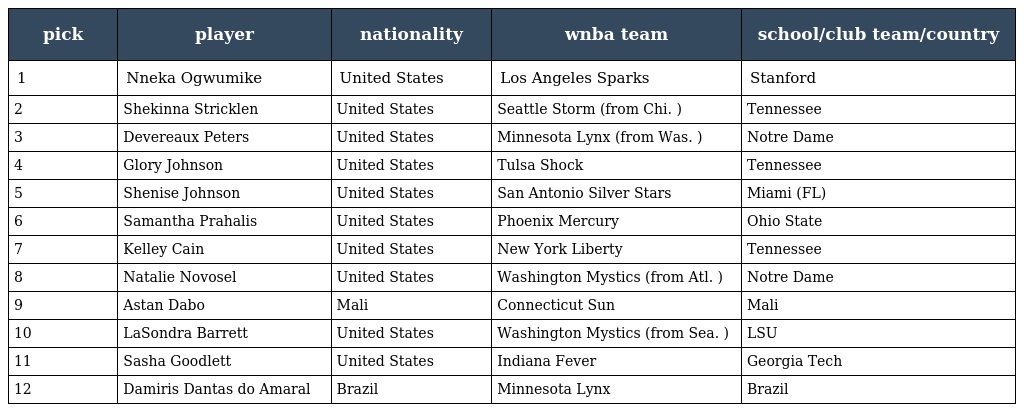
| pick | player | nationality | wnba team | school/club team/country |
 | --- | --- | --- | --- | --- |
 | 1 | Nneka Ogwumike | United States | Los Angeles Sparks | Stanford |
 | 2 | Shekinna Stricklen | United States | Seattle Storm (from Chi. ) | Tennessee |
 | 3 | Devereaux Peters | United States | Minnesota Lynx (from Was. ) | Notre Dame |
 | 4 | Glory Johnson | United States | Tulsa Shock | Tennessee |
 | 5 | Shenise Johnson | United States | San Antonio Silver Stars | Miami (FL) |
 | 6 | Samantha Prahalis | United States | Phoenix Mercury | Ohio State |
 | 7 | Kelley Cain | United States | New York Liberty | Tennessee |
 | 8 | Natalie Novosel | United States | Washington Mystics (from Atl. ) | Notre Dame |
 | 9 | Astan Dabo | Mali | Connecticut Sun | Mali |
 | 10 | LaSondra Barrett | United States | Washington Mystics (from Sea. ) | LSU |
 | 11 | Sasha Goodlett | United States | Indiana Fever | Georgia Tech |
 | 12 | Damiris Dantas do Amaral | Brazil | Minnesota Lynx | Brazil |